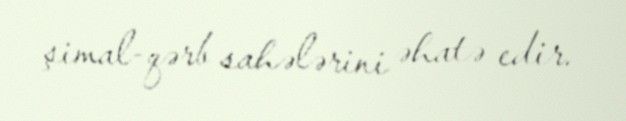
şimal-qərb sahələrini əhatə edir.